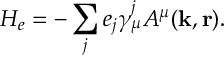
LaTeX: H _ { e } = - \sum _ { j } e _ { j } \gamma _ { \mu } ^ { j } A ^ { \mu } ( { \bf k } , { \bf r } ) .